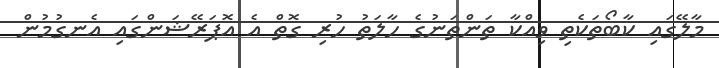
މާލޭގައި ކާބޯތަކެތި ވިއްކާ ތަންތަނުގެ ހާލަތު ހުރި ގޮތް އެ އޮޕަރޭޝަންގައި އެނގުމުން